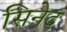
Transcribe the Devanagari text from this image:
सिनेद